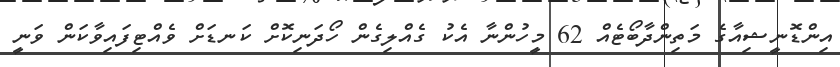
އިންޑޮނީޝިއާގެ މަތިންދާބޯޓެއް 62 މީހުންނާ އެކު ގެއްލިގެން ހޯދަނިކޮށް ކަނޑަށް ވެއްޓިފައިވާކަން ވަނީ